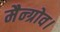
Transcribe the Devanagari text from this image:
मैन्ग्रोव।